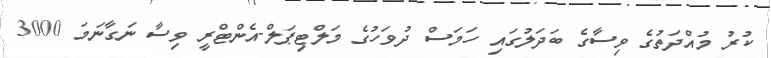
ކުރު މުއްދަތުގެ ވިސާގެ ބަދަލުގައި ހަމަސް ދުވަހުގެ މަލްޓިޕަލް-އެންޓްރީ ވިސާ ނަގާނަމަ 3000